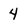
Character: 4